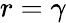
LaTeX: r=\gamma